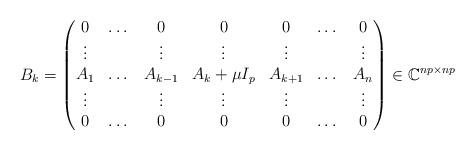
LaTeX: \begin{gather*}B_k=\left(\begin{matrix}0 & \dots & 0 & 0 & 0 & \dots & 0\\\vdots & &\vdots &\vdots &\vdots & &\vdots\\A_1 & \dots & A_{k-1} & A_k+\mu I_p & A_{k+1} & \dots & A_n\\\vdots & &\vdots &\vdots &\vdots & &\vdots\\0 & \dots & 0 & 0 & 0 & \dots & 0\end{matrix}\right)\in\mathbb{C}^{np\times np}\end{gather*}